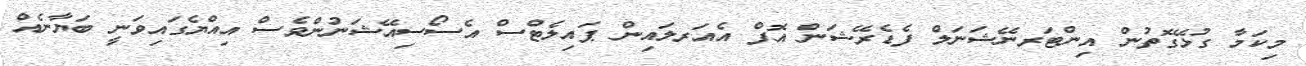
މިކަމާ ގުޅޭގޮތުން އިންޓަރނޭޝަނަލް ފެޑެރޭޝަން އޮފް އެއަރލައިން ޕައިލެޓްސް އެސޯސިއޭޝަނުންވެސް އިއްޔެގައިވަނީ ބަޔާނެއް